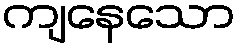
ကျနေသော